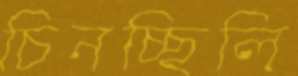
চিনচ্ছিলি